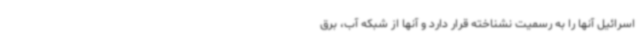
اسرائیل آنها را به رسمیت نشناخته قرار دارد و آنها از شبکه آب، برق